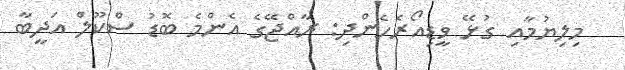
މިލިޔުމާއި ގުޅޭ ވީޑިއޯރެހެންދި: ރާއްޖޭގެ އެންމެ ބޮޑު ސްކޫލް އަދީބާ